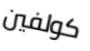
كولفين